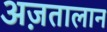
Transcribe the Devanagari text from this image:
अज़तालान